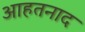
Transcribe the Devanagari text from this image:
आहतनाद